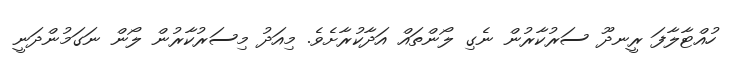
ހުއްޓާލާފަ ރީނދޫ ސަރުކާރުން ނެގި ލޯންތައް އަދާކުރާށެވެ. މިއަދު މިސަރުކާރުން ލޯން ނަގަމުންދަނީ